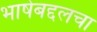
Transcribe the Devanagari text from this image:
भाषेबद्दलचा